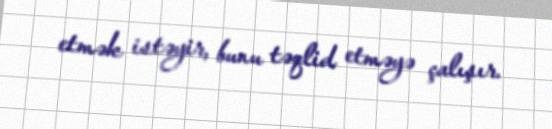
etmək istəyir, bunu təqlid etməyə çalışır.